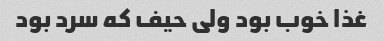
غذا خوب بود ولی حیف که سرد بود